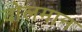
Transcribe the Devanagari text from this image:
वोलमान